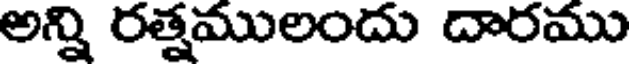
అన్ని రత్నములందు దారము